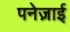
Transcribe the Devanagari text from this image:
पनेज़ाई